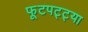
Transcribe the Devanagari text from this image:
फूटपट्ट्या